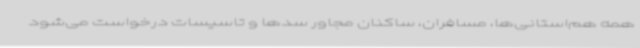
همه هم‌استانی‌ها، مسافران، ساکنان مجاور سدها و تاسیسات درخواست می‌شود